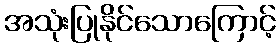
အသုံးပြုနိုင်သောကြောင့်